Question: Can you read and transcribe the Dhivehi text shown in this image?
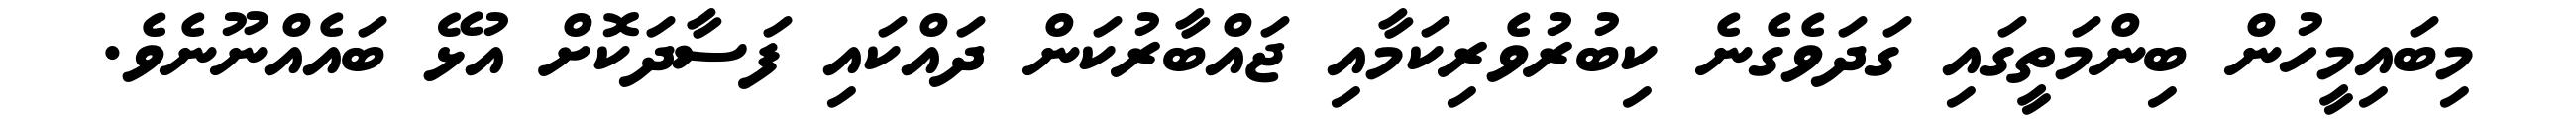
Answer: މިބައިމީހުން ބިންމަތީގައި ގަދަވެގެނެ ކިބުރުވެރިކަމާއި ޖައްބާރުކަން ދައްކައި ފަސާދަކޮށް އުޅޭ ބައެއްނޫނެވެ.